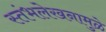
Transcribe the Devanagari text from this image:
स्तंभलेखनामुळे